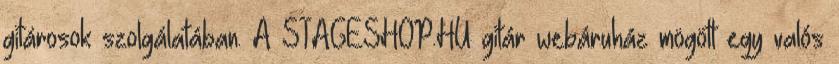
gitárosok szolgálatában. A STAGESHOP.HU gitár webáruház mögött egy valós